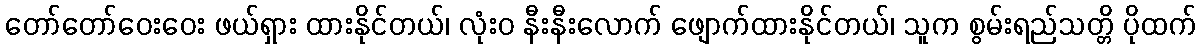
တော်တော်ဝေးဝေး ဖယ်ရှား ထားနိုင်တယ်၊ လုံးဝ နီးနီးလောက် ဖျောက်ထားနိုင်တယ်၊ သူက စွမ်းရည်သတ္တိ ပိုထက်